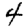
Digit: 4